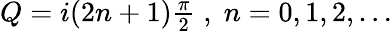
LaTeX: \begin{array}{r}{Q=i(2n+1)\frac{\pi}{2}\; ,\; n=0,1,2,\dots}\end{array}